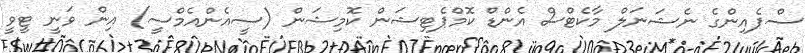
ސްޕެއިންގެ ނެޝަނަލް މާކެޓްސް އެންޑް ކޮމްޕެޓިޝަން ކޮމިޝަން (ސީއެންއެމްސީ) އިން ވަނީ ޓީވީ